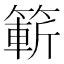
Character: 𮅼